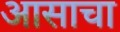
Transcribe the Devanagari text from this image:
आसाचा